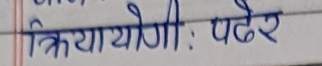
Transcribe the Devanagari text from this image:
क्रियायोगीः पढेर